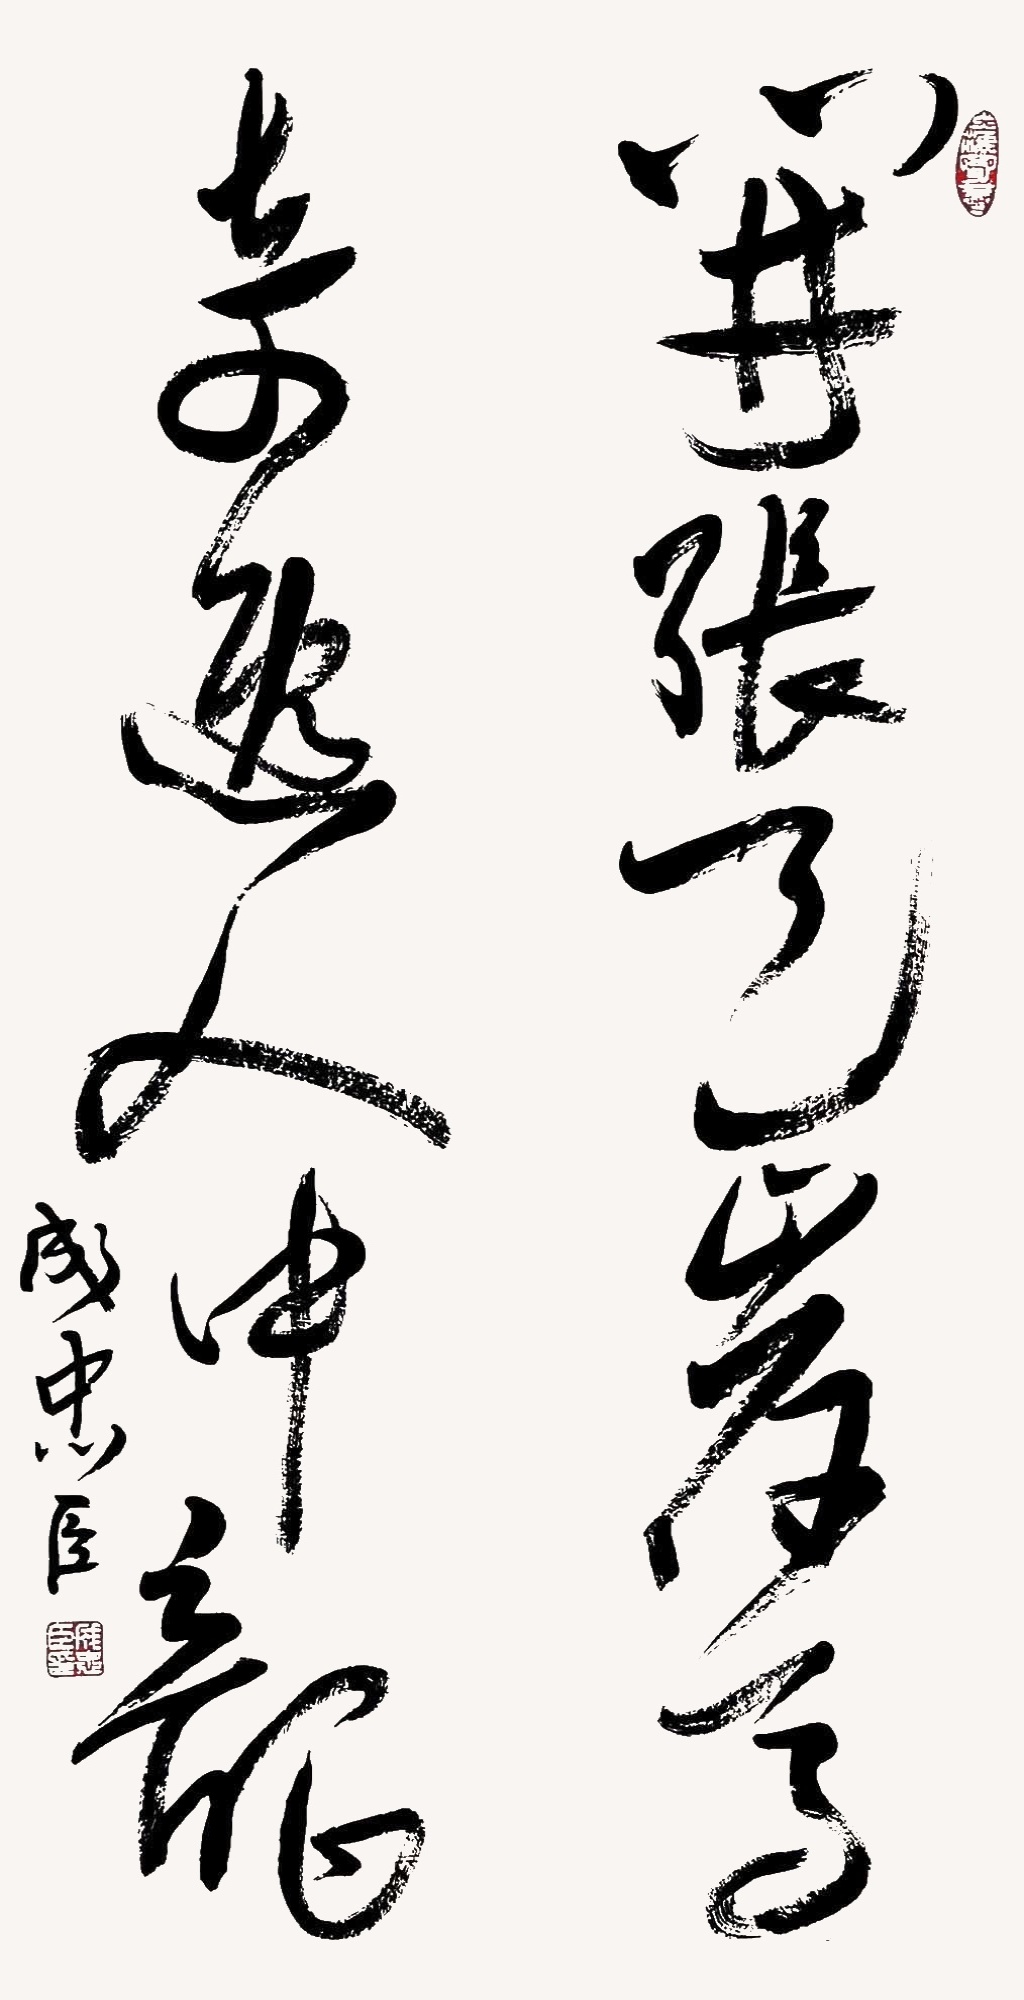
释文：开张天岸马，奇逸人中龙。成忠臣